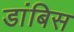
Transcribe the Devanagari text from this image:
डांबिस